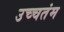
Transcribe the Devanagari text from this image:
उच्चतंम